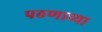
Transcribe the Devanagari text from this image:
पठणाच्या